Civil Veterinary Dept. North-West Frontier Province 1923-32 - 1923-1932
Year: 1923
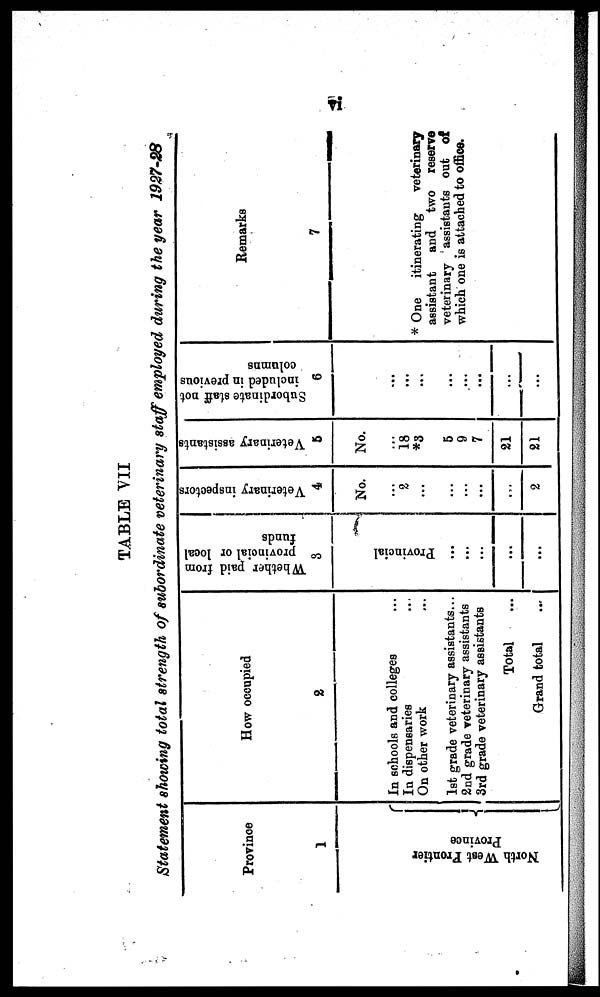
vi
TABLE VII
Statement showing total strength of subordinate veterinary staff employed during the year 1927-28
Province
1
Nor t
h Wes t Fr ont i
er
Pr ovi nce {
How occupied
2
In schools and colleges ...
In dispensaries ...
On other work ...
1st grade veterinary assistants...
2nd grade veterinary assistants
3rd grade veterinary assistants
Total ...
Grand total ...
Whether paid from
provincial or local
funds
3
Pr ovi nci al
...
...
...
...
...
Veterinary inspectors
4
No.
...
2
...
...
...
...
...
2
Veterinary assistants
5
No.
...
18
*3
5
9
7
21
21
Subordinate staff not
included in previous
columns
6
...
...
...
...
...
...
...
...
Remarks
7
* One itinerating
veterinary
assistant and two reserve
veterinary assistants out of
which one is attached to office.